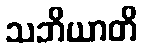
သဘိယာတိ